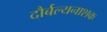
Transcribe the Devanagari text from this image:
दौर्बल्यनाशक